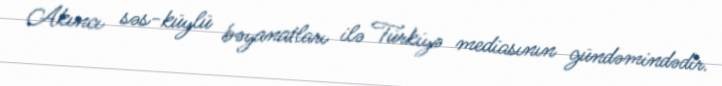
Akıncı səs-küylü bəyanatları ilə Türkiyə mediasının gündəmindədir.